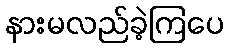
နားမလည်ခဲ့ကြပေ